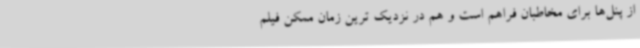
از پنل‌ها برای مخاطبان فراهم است و هم در نزدیک ترین زمان ممکن فیلم